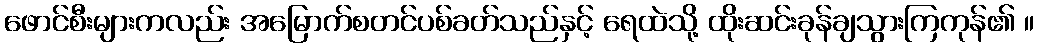
ဖောင်စီးများကလည်း အမြောက်စတင်ပစ်ခတ်သည်နှင့် ရေထဲသို့ ထိုးဆင်းခုန်ချသွားကြကုန်၏ ။